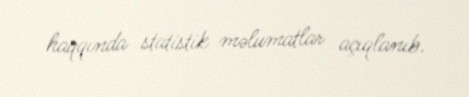
haqqında statistik məlumatlar açıqlanıb.